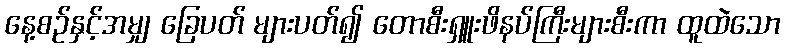
နေ့စဉ်နှင့်အမျှ ခြေပတ် များပတ်၍ တောစီးရှူးဖိနပ်ကြီးများစီးကာ ထူထဲသော